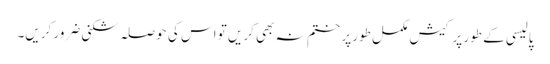
پالیسی کے طور پر کیش مکمل طور پر ختم نہ بھی کریں تو اس کی حوصلہ شکنی ضرور کریں۔